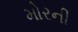
મોરની